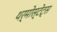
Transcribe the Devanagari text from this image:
थर्मोस्टेट्स